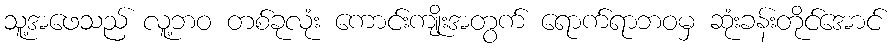
သူ့အဖေသည် လူ့ဘဝ တစ်ခုလုံး ကောင်းကျိုးအတွက် ရောက်ရာဘဝမှ ဆုံးခန်းတိုင်အောင်